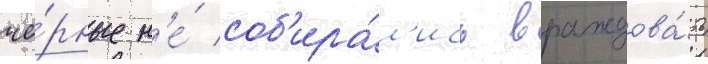
чё́рные н'е́ соб'ира́л'ись враждова́ть